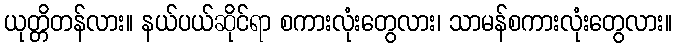
ယုတ္တိတန်လား။ နယ်ပယ်ဆိုင်ရာ စကားလုံးတွေလား၊ သာမန်စကားလုံးတွေလား။